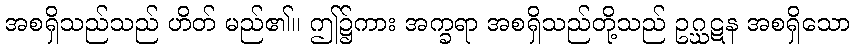
အစရှိသည်သည် ဟိတ် မည်၏။ ဤ၌ကား အက္ခရာ အစရှိသည်တို့သည် ဥဂ္ဃဋန အစရှိသော